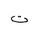
Letter: _ta